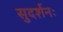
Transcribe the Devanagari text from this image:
सुदर्शनः